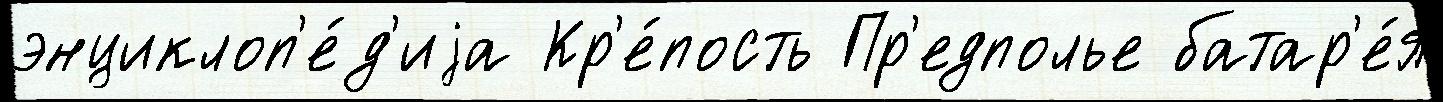
энциклоп'е́д'иjа Кр'е́пость Пр'едполье батар'е́я